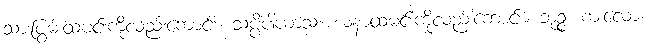
သားပြွမ်းထမင်းကိုလည်းကောင်း။ သပ္ပိပါယာသံ၊ ဃနာထမင်းကိုလည်းကောင်း။ ဘုဉ္ဇ၊ စားလော။